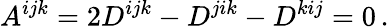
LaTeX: A^{ijk}=2D^{ijk}-D^{jik}-D^{kij}=0\, .